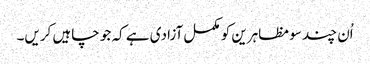
اُن چند سو مظاہرین کو مکمل آزادی ہے کہ جو چاہیں کریں۔